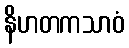
နိဟတကသာဝံ